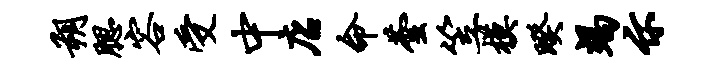
朔腮容受中店命芸笠模暌竭示